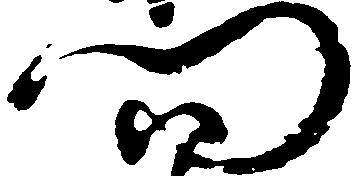
門